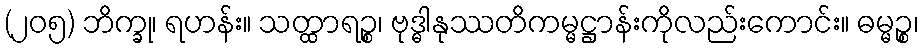
(၂၀၅) ဘိက္ခု၊ ရဟန်း။ သတ္ထာရဉ္စ၊ ဗုဒ္ဓါနုဿတိကမ္မဋ္ဌာန်းကိုလည်းကောင်း။ ဓမ္မဉ္စ၊